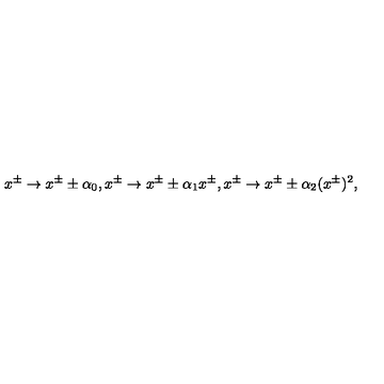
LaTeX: x ^ { \pm } \rightarrow x ^ { \pm } \pm \alpha _ { 0 } , x ^ { \pm } \rightarrow x ^ { \pm } \pm \alpha _ { 1 } x ^ { \pm } , x ^ { \pm } \rightarrow x ^ { \pm } \pm \alpha _ { 2 } ( x ^ { \pm } ) ^ { 2 } ,